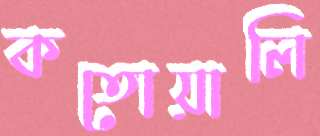
কতোয়ালি